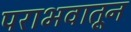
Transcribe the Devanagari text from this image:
पराभवातून